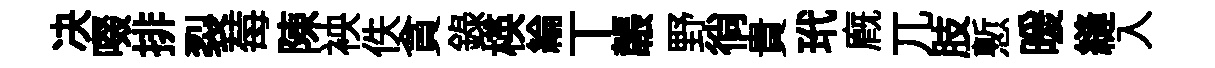
决啜排裂莓陳䘧佚貪錄楧綸丅韔野徜貴玳廐兀肢慙暖縫入